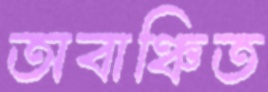
অবাঞ্চিত